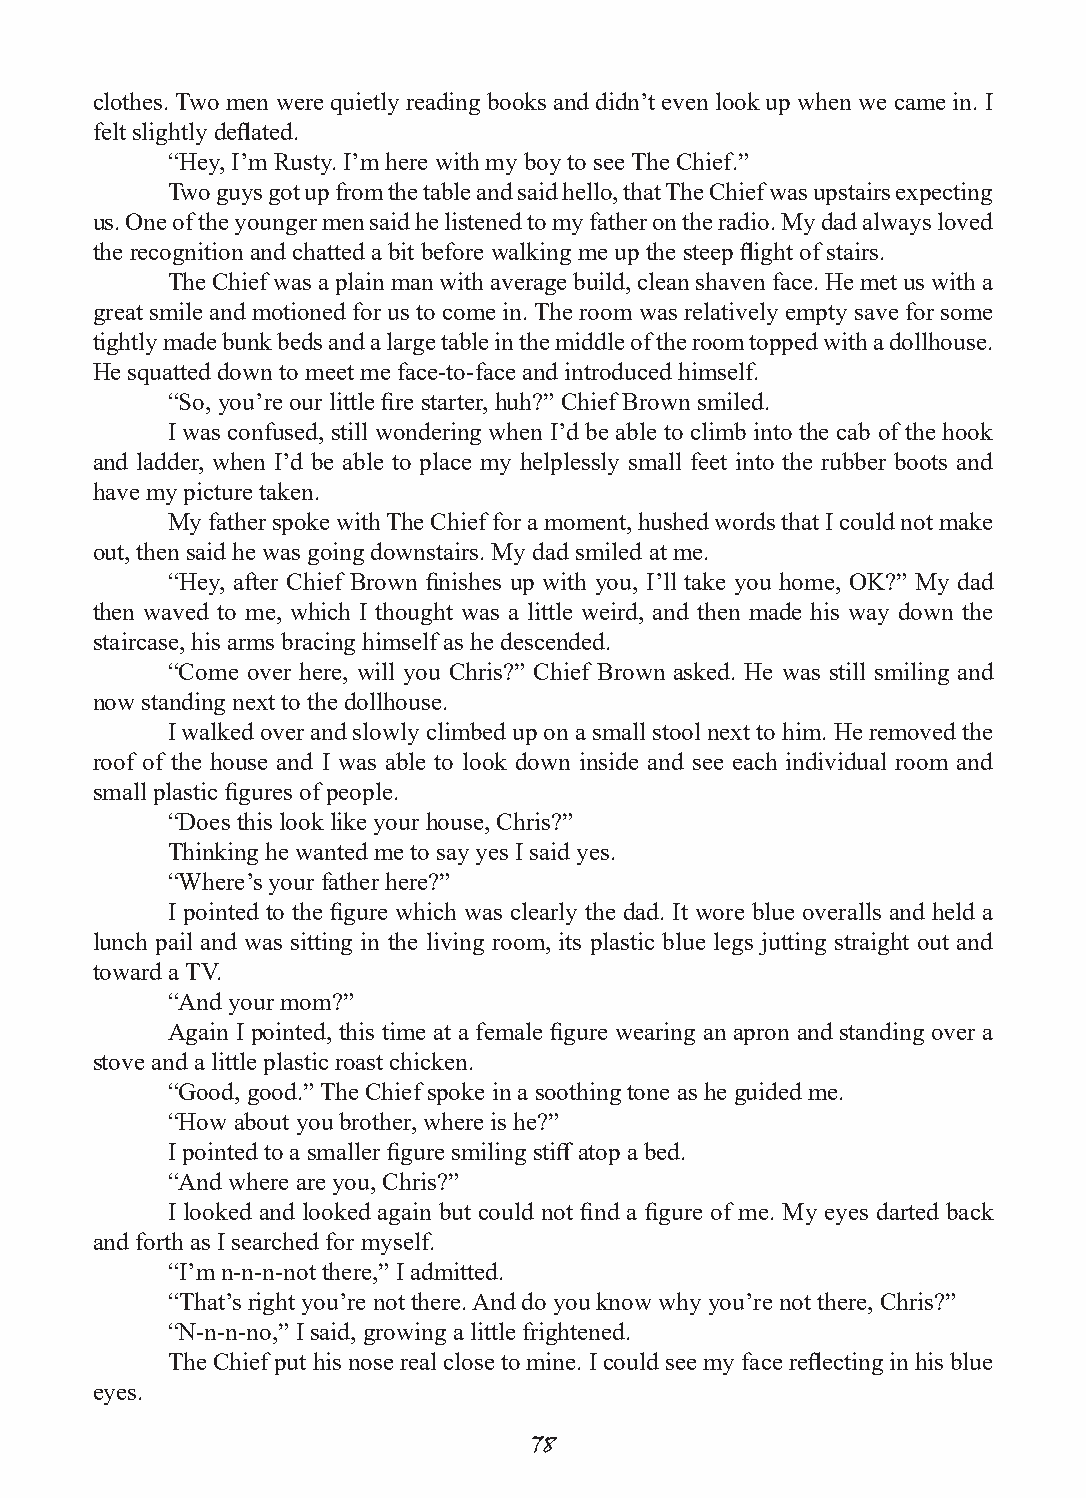
clothes. Two men were quietly reading books and didn’t even look up when we came in. I
 felt slightly deflated.
 “Hey, I’m Rusty. I’m here with my boy to see The Chief.”
 Two guys got up from the table and said hello, that The Chief was upstairs expecting
 us. One of the younger men said he listened to my father on the radio. My dad always loved
 the recognition and chatted a bit before walking me up the steep flight of stairs.
 The Chief was a plain man with average build, clean shaven face. He met us with a
 great smile and motioned for us to come in. The room was relatively empty save for some
 tightly made bunk beds and a large table in the middle of the room topped with a dollhouse.
 He squatted down to meet me face-to-face and introduced himself.
 “So, you’re our little fire starter, huh?” Chief Brown smiled.
 I was confused, still wondering when I’d be able to climb into the cab of the hook
 and ladder, when I’d be able to place my helplessly small feet into the rubber boots and
 have my picture taken.
 My father spoke with The Chief for a moment, hushed words that I could not make
 out, then said he was going downstairs. My dad smiled at me.
 “Hey, after Chief Brown finishes up with you, I’ll take you home, OK?” My dad
 then waved to me, which I thought was a little weird, and then made his way down the
 staircase, his arms bracing himself as he descended.
 “Come over here, will you Chris?” Chief Brown asked. He was still smiling and
 now standing next to the dollhouse.
 I walked over and slowly climbed up on a small stool next to him. He removed the
 roof of the house and I was able to look down inside and see each individual room and
 small plastic figures of people.
 “Does this look like your house, Chris?”
 Thinking he wanted me to say yes I said yes.
 “Where’s your father here?”
 I pointed to the figure which was clearly the dad. It wore blue overalls and held a
 lunch pail and was sitting in the living room, its plastic blue legs jutting straight out and
 toward a TV.
 “And your mom?”
 Again I pointed, this time at a female figure wearing an apron and standing over a
 stove and a little plastic roast chicken.
 “Good, good.” The Chief spoke in a soothing tone as he guided me.
 “How about you brother, where is he?”
 I pointed to a smaller figure smiling stiff atop a bed.
 “And where are you, Chris?”
 I looked and looked again but could not find a figure of me. My eyes darted back
 and forth as I searched for myself.
 “I’m n-n-n-not there,” I admitted.
 “That’s right you’re not there. And do you know why you’re not there, Chris?”
 “N-n-n-no,” I said, growing a little frightened.
 The Chief put his nose real close to mine. I could see my face reflecting in his blue
 eyes.
 78